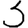
Digit: 3